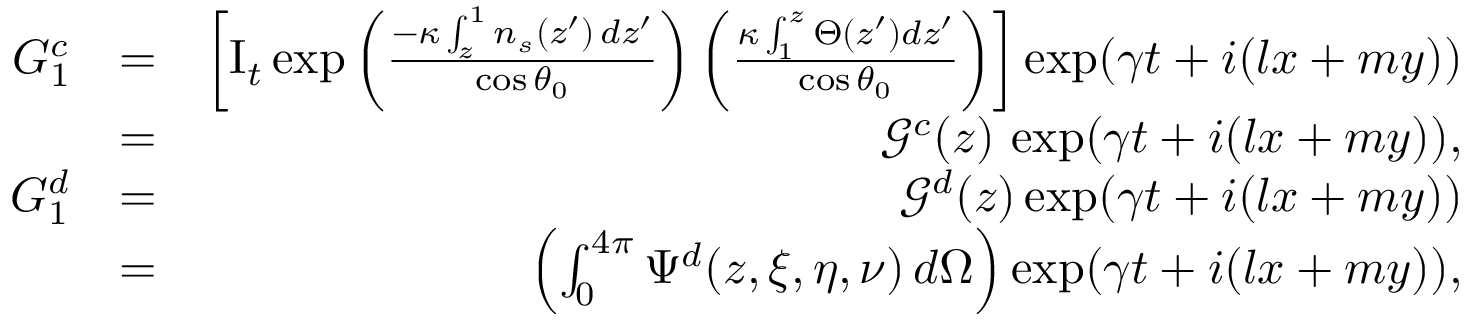
\begin{array} { r l r } { G _ { 1 } ^ { c } } & { = } & { \left[ \mathrm { I } _ { t } \exp \left( \frac { - \kappa \int _ { z } ^ { 1 } n _ { s } ( z ^ { \prime } ) \, d z ^ { \prime } } { \cos { \theta _ { 0 } } } \right) \left( \frac { \kappa \int _ { 1 } ^ { z } \Theta ( z ^ { \prime } ) d z ^ { \prime } } { \cos { \theta _ { 0 } } } \right) \right] \exp ( \gamma t + i ( l x + m y ) ) } \\ & { = } & { \mathcal { G } ^ { c } ( z ) \, \exp ( \gamma t + i ( l x + m y ) ) , } \\ { G _ { 1 } ^ { d } } & { = } & { \mathcal { G } ^ { d } ( z ) \exp ( \gamma t + i ( l x + m y ) ) } \\ & { = } & { \left( \int _ { 0 } ^ { 4 \pi } \Psi ^ { d } ( z , \xi , \eta , \nu ) \, d \Omega \right) \exp ( \gamma t + i ( l x + m y ) ) , } \end{array}